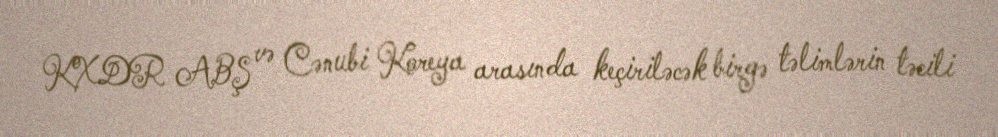
KXDR ABŞ və Cənubi Koreya arasında keçiriləcək birgə təlimlərin təcili